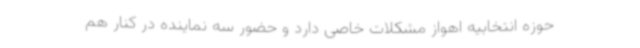
حوزه انتخابیه اهواز مشکلات خاصی دارد و حضور سه نماینده در کنار هم